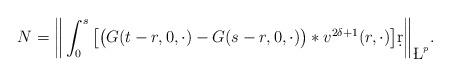
LaTeX: \begin{align*}N=\bigg\|\int_{0}^{s}\big[\big(G(t-r,0,\cdot)-G(s-r,0,\cdot)\big)*v^{2\delta+1}(r,\cdot)\big]\d r\bigg\|_{\L^p}.\end{align*}